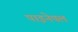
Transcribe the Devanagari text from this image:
पाइनेपल